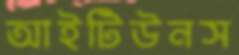
আইটিউনস